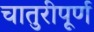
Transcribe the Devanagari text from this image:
चातुरीपूर्ण